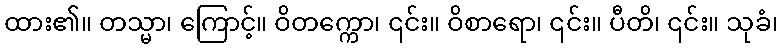
ထား၏။ တသ္မာ၊ ကြောင့်။ ဝိတက္ကော၊ ၎င်း။ ဝိစာရော၊ ၎င်း။ ပီတိ၊ ၎င်း။ သုခံ၊